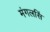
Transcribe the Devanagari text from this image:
मंगलसिं